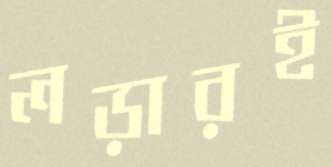
লড়ারই